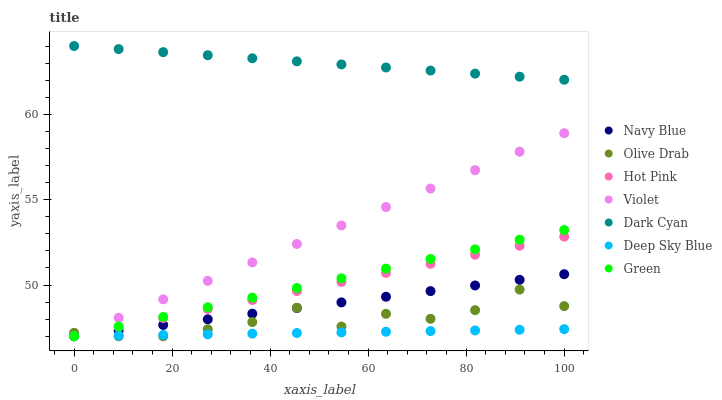
| xaxis_label | Navy Blue | Olive Drab | Hot Pink | Violet | Dark Cyan | Deep Sky Blue | Green |
 | --- | --- | --- | --- | --- | --- | --- | --- |
 | 0 | 47 | 47.2 | 47 | 47 | 64 | 47 | 47 |
 | 9.09 | 47.3 | 47 | 47.5 | 48.1 | 63.8 | 47 | 47.6 |
 | 18.2 | 47.7 | 47 | 48.1 | 49.2 | 63.6 | 47.1 | 48.1 |
 | 27.3 | 48 | 47.4 | 48.6 | 50.2 | 63.5 | 47.1 | 48.7 |
 | 36.4 | 48.3 | 47.8 | 49.1 | 51.3 | 63.3 | 47.2 | 49.3 |
 | 45.5 | 48.7 | 48.7 | 49.7 | 52.4 | 63.1 | 47.2 | 49.8 |
 | 54.5 | 49 | 47.6 | 50.2 | 53.5 | 62.9 | 47.2 | 50.4 |
 | 63.6 | 49.3 | 48.3 | 50.7 | 54.6 | 62.7 | 47.3 | 51 |
 | 72.7 | 49.6 | 48 | 51.2 | 55.6 | 62.6 | 47.3 | 51.5 |
 | 81.8 | 50 | 48.5 | 51.8 | 56.7 | 62.4 | 47.3 | 52.1 |
 | 90.9 | 50.3 | 49.7 | 52.3 | 57.8 | 62.2 | 47.4 | 52.7 |
 | 100 | 50.6 | 48.8 | 52.8 | 58.9 | 62 | 47.4 | 53.2 |